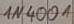
Text: 1N4001